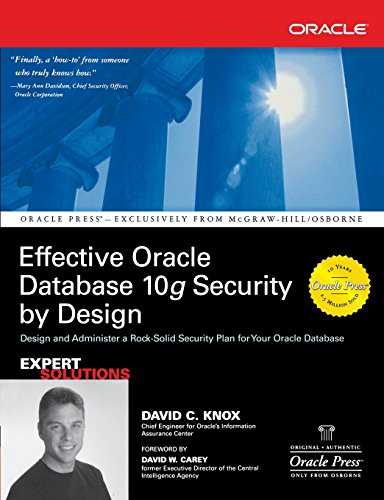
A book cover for Effective Oracle Database 10g Security by Design; David Knox; Computers & Technology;